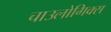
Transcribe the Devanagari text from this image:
चाउलोगिक्स